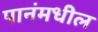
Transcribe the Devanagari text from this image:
पानंमधील